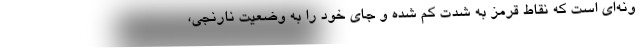
ونه‌ای است که نقاط قرمز به شدت کم شده و جای خود را به وضعیت نارنجی،